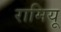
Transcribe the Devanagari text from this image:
रामियू